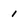
Character: 1